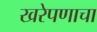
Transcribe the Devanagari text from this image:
खरेपणाचा